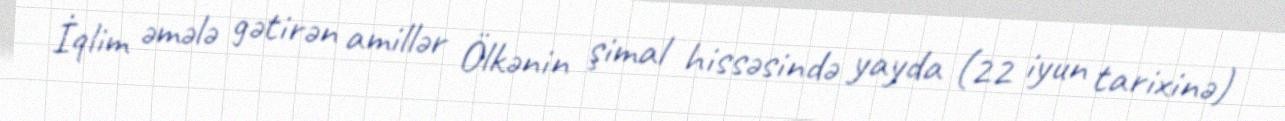
İqlim əmələ gətirən amillər Ölkənin şimal hissəsində yayda (22 iyun tarixinə)